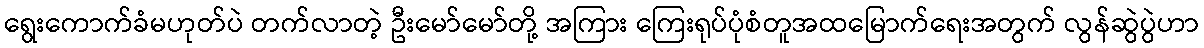
ရွေးကောက်ခံမဟုတ်ပဲ တက်လာတဲ့ ဦးမော်မော်တို့ အကြား ကြေးရုပ်ပုံစံတူအထမြောက်ရေးအတွက် လွန်ဆွဲပွဲဟာ